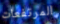
المرتفعات